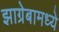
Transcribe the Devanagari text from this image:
झाग्रेबामध्ये